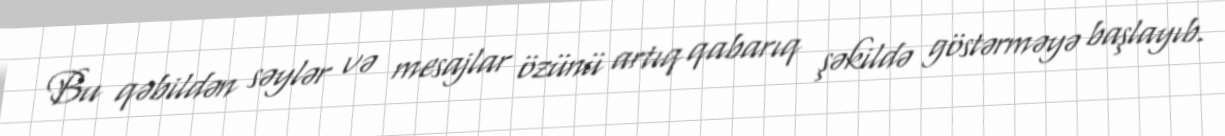
Bu qəbildən səylər və mesajlar özünü artıq qabarıq şəkildə göstərməyə başlayıb.